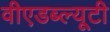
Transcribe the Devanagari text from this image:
वीएडब्ल्यूटी